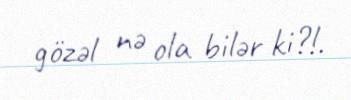
gözəl nə ola bilər ki?!.